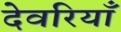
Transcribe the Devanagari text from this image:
देवरियाँ